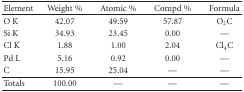
<table><thead><tr><td><b>Element</b></td><td><b>Weight %</b></td><td><b>Atomic %</b></td><td><b>Compd %</b></td><td><b>Formula</b></td></tr></thead><tbody><tr><td>O K</td><td>42.07</td><td>49.59</td><td>57.87</td><td>O<sub>2</sub>C</td></tr><tr><td>Si K</td><td>34.93</td><td>23.45</td><td>0.00</td><td>—</td></tr><tr><td>Cl K</td><td>1.88</td><td>1.00</td><td>2.04</td><td>Cl<sub>4</sub>C</td></tr><tr><td>Pd L</td><td>5.16</td><td>0.92</td><td>0.00</td><td>—</td></tr><tr><td>C</td><td>15.95</td><td>25.04</td><td>—</td><td>—</td></tr><tr><td>Totals</td><td>100.00</td><td>—</td><td>—</td><td>—</td></tr></tbody></table>